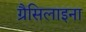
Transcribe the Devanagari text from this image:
ग्रैसिलाइना